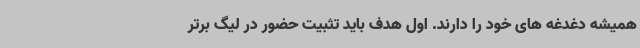
همیشه دغدغه های خود را دارند. اول هدف باید تثبیت حضور در لیگ برتر